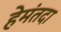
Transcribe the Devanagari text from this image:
हेमंतदा